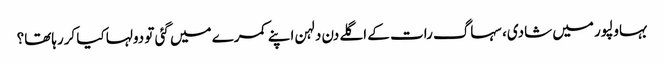
بہاولپور میں شادی، سہاگ رات کے اگلے دن دلہن اپنے کمرے میں گئی تو دولہا کیا کررہاتھا؟